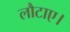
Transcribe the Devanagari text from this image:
लौटाए।